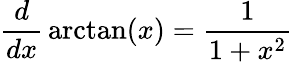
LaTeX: {\frac{d}{dx}}\arctan(x)={\frac{1}{1+x^{2}}}